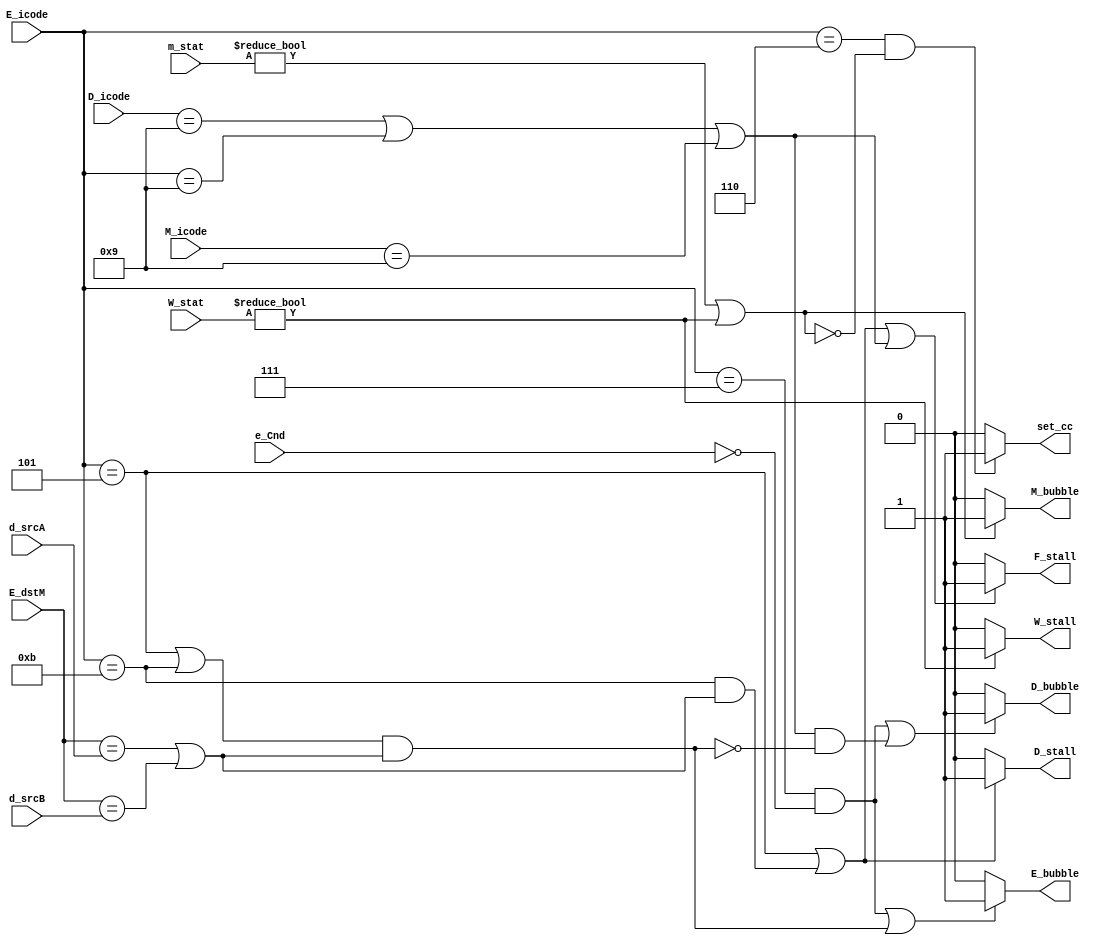
module pipe_Logic (
    output reg W_stall,M_bubble,E_bubble,D_bubble,D_stall,F_stall,set_cc,
    input [3:0]D_icode,M_icode,E_icode,d_srcB,d_srcA,E_dstM,
    input [1:0]W_stat,m_stat,
    input e_Cnd
);
    always @ *
    begin
        if(((E_icode==4'd5)||(E_icode==4'd11)&&(E_dstM==d_srcA||E_dstM==d_srcB))||(D_icode==4'd9||E_icode==4'd9||M_icode==4'd9))
            F_stall<=1'b1;
        else
            F_stall<=1'b0;
        if(((E_icode==4'd5)||(E_icode==4'd11)&&(E_dstM==d_srcA||E_dstM==d_srcB)))
            D_stall<=1'b1;
        else
            D_stall<=1'b0;
        // if(((E_icode==7)&&~e_cnd)||(D_icode==9||E_icode==9||M_icode==9))
        if(((E_icode==4'd7)&&~e_Cnd)||(D_icode==4'd9||E_icode==4'd9||M_icode==4'd9)&&!((E_icode==4'd5||E_icode==4'd11)&&(E_dstM==d_srcA||E_dstM==d_srcB)))
            D_bubble<=1'b1;
        else
            D_bubble<=1'b0;
        if(((E_icode==4'd7)&&~e_Cnd)||(((E_icode==4'd5)||(E_icode==4'd11))&&(E_dstM==d_srcA||E_dstM==d_srcB)))
            E_bubble<=1'b1;
        else
            E_bubble<=1'b0;
        if(W_stat!=2'b0)
            W_stall<=1'b1;
        else
            W_stall<=1'b0;
        if(m_stat!=2'b00||W_stat!=2'b00)
            M_bubble<=1'b1;
        else
            M_bubble<=1'b0;
        if(E_icode==4'd6&&!(m_stat!=2'b00||W_stat!=2'b00))
            set_cc<=1'b1;
        else
            set_cc<=1'b0;
    end
endmodule